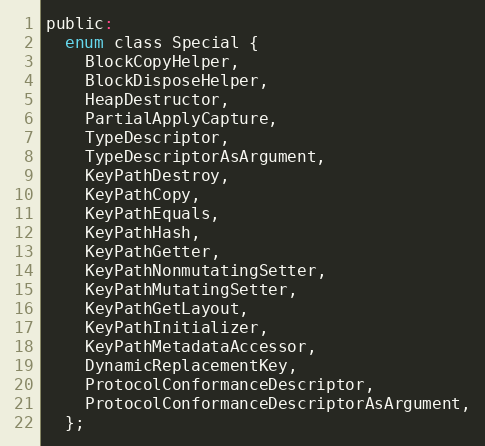
Language: C
public:
  enum class Special {
    BlockCopyHelper,
    BlockDisposeHelper,
    HeapDestructor,
    PartialApplyCapture,
    TypeDescriptor,
    TypeDescriptorAsArgument,
    KeyPathDestroy,
    KeyPathCopy,
    KeyPathEquals,
    KeyPathHash,
    KeyPathGetter,
    KeyPathNonmutatingSetter,
    KeyPathMutatingSetter,
    KeyPathGetLayout,
    KeyPathInitializer,
    KeyPathMetadataAccessor,
    DynamicReplacementKey,
    ProtocolConformanceDescriptor,
    ProtocolConformanceDescriptorAsArgument,
  };